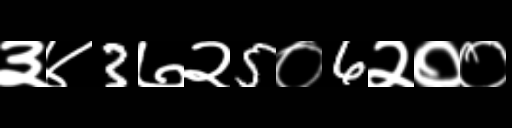
Text: ३४3७२5०6२००